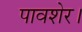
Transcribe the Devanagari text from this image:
पावशेर।